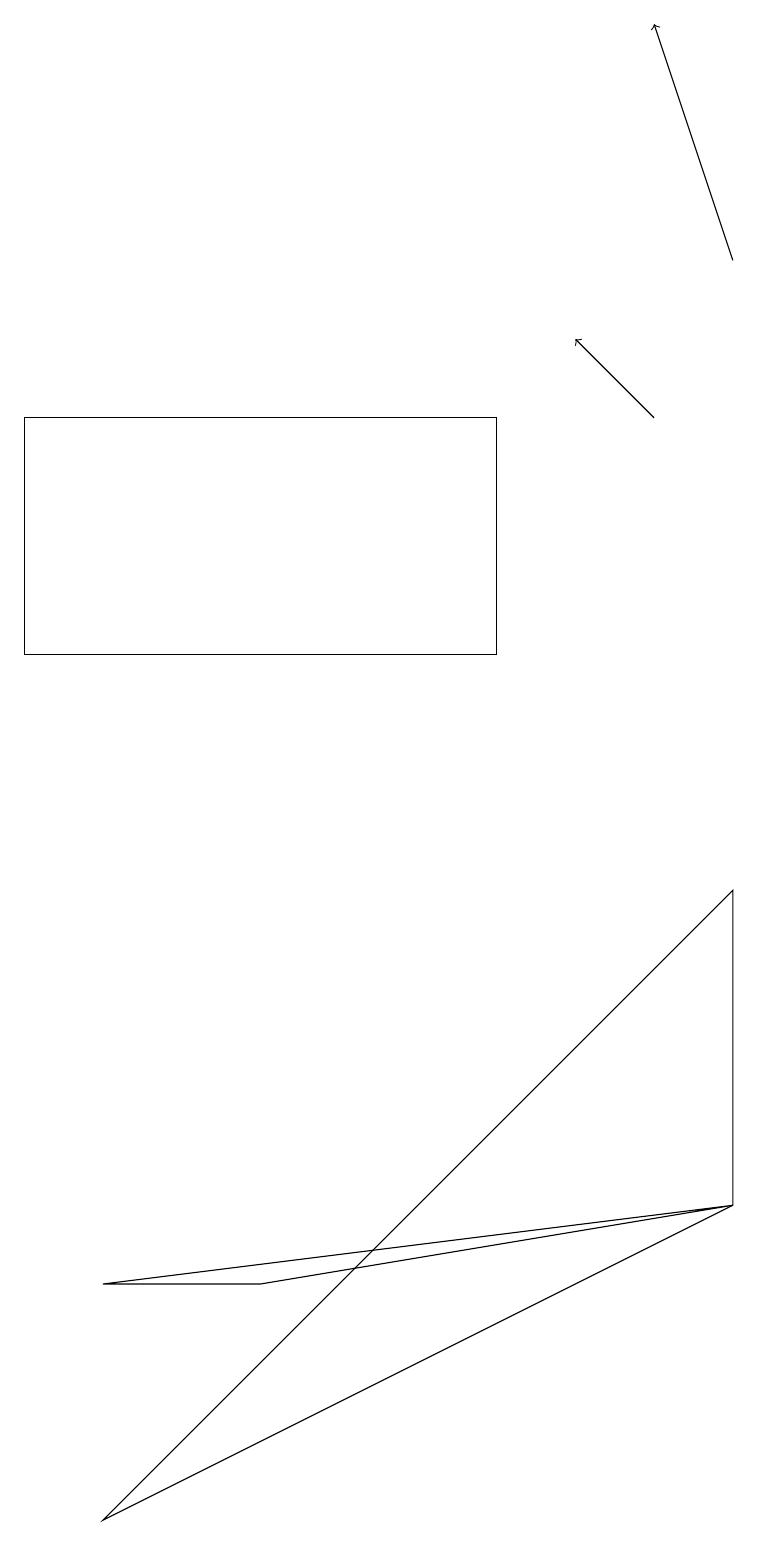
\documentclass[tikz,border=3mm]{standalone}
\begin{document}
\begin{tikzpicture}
\draw[->] (8,14) -- (7,15);
\draw (6,11) rectangle (0,14);
\draw[->] (9,16) -- (8,19);
\draw (9,8) -- (1,0) -- (9,4) -- cycle;
\draw (3,3) -- (1,3) -- (9,4) -- cycle;
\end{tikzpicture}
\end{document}